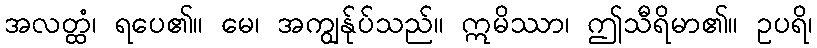
အလတ္ထံ၊ ရပေ၏။ မေ၊ အကျွန်ုပ်သည်။ ဣမိဿာ၊ ဤသီရိမာ၏။ ဥပရိ၊